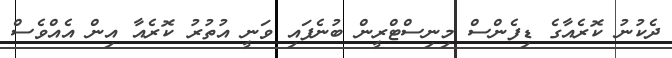
ދެކުނު ކޮރެއާގެ ޑިފެންސް މިނިސްޓްރީން ބުނެފައި ވަނީ އުތުރު ކޮރެއާ އިން އެއްވެސް